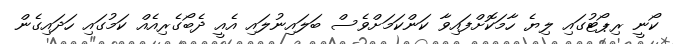
ކޯނީ ރިޕޯޓުގައި ލިޔެ ހާމަކޮށްފައިވާ ކަންކަމަށްވެސް ބަލައިނުލައި އެއީ ދެބޯގެރިއެއް ކަމުގައި ހަދައިގެން